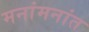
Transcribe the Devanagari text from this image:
मनांमनांत